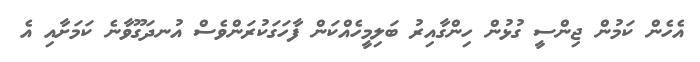
އެހެން ކަމުން ޖިންސީ ގުޅުން ހިންގާއިރު ބަލިމީހެއްކަން ފާހަގަކުރަންވެސް އުނދަގޫވާނެ ކަމަށާއި އެ